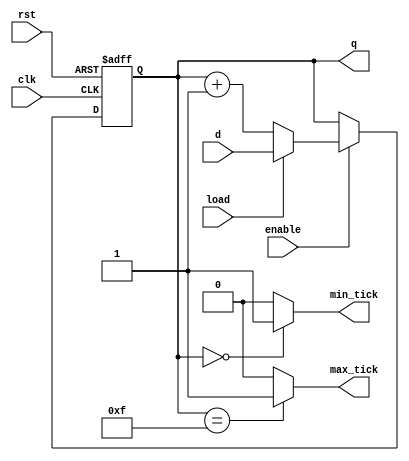
module cont_test #(parameter W=4)(
    
    //INPUTS
    input wire clk,
    input wire rst,
    input wire load,
    input wire enable,
    input wire [W-1:0] d,
    //OUTPUTS
    output wire max_tick,
    output wire min_tick,
    output wire [W-1:0] q
    );

    reg [W-1:0] count;

    always @(posedge clk, posedge rst)
    begin
        if (rst)
            count <= 0;
        else if (enable)
        begin
            if (load)
            begin
                count <= d;
            end
            else
                count <= count + 1'b1;
        end
    end

    assign q = count;
    assign max_tick = (count == 2**W-1) ? 1'b1 : 1'b0;
    assign min_tick = (count == 0) ? 1'b1 : 1'b0;

endmodule